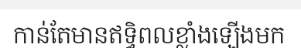
កាន់តែមានឥទ្ធិពលខ្លាំងឡើងមក